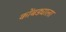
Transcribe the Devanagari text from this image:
कोंबड्याला